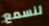
لنسمع